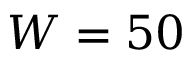
W = 5 0